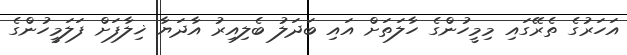
އަހަރުގެ ތެރޭގައި މިމީހުންގެ ހާލަތަށް އައި ބަދަލު ބެލިއިރު އާދަޔާ ޚިލާފަށް ފަލަމީހުންގެ